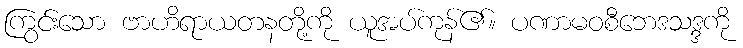
ကြွင်းသော ဗာဟိရာယတနတို့ကို ယူအပ်ကုန်၏။ ပဏာမဝစီဘေဒသဒ္ဒကို